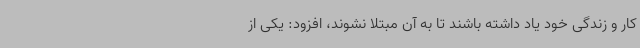
کار و زندگی خود یاد داشته باشند تا به آن مبتلا نشوند، افزود: یکی از